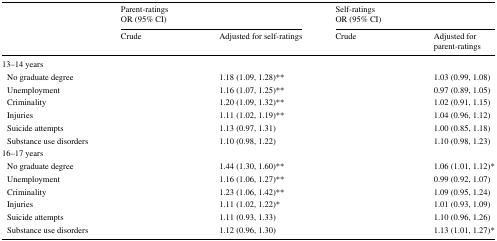
<table><thead><tr><td>[EMPTY_CELL]</td><td colspan="2"><b>Parent-ratingsOR (95% CI)</b></td><td colspan="2"><b>Self-ratingsOR (95% CI)</b></td></tr><tr><td>[EMPTY_CELL]</td><td><b>Crude</b></td><td><b>Adjusted for self-ratings</b></td><td><b>Crude</b></td><td><b>Adjusted forparent-ratings</b></td></tr></thead><tbody><tr><td colspan="5">13–14 years</td></tr><tr><td> No graduate degree</td><td>[EMPTY_CELL]</td><td>1.18 (1.09, 1.28)**</td><td>[EMPTY_CELL]</td><td>1.03 (0.99, 1.08)</td></tr><tr><td> Unemployment</td><td>[EMPTY_CELL]</td><td>1.16 (1.07, 1.25)**</td><td>[EMPTY_CELL]</td><td>0.97 (0.89, 1.05)</td></tr><tr><td> Criminality</td><td>[EMPTY_CELL]</td><td>1.20 (1.09, 1.32)**</td><td>[EMPTY_CELL]</td><td>1.02 (0.91, 1.15)</td></tr><tr><td> Injuries</td><td>[EMPTY_CELL]</td><td>1.11 (1.02, 1.19)**</td><td>[EMPTY_CELL]</td><td>1.04 (0.96, 1.12)</td></tr><tr><td> Suicide attempts</td><td>[EMPTY_CELL]</td><td>1.13 (0.97, 1.31)</td><td>[EMPTY_CELL]</td><td>1.00 (0.85, 1.18)</td></tr><tr><td> Substance use disorders</td><td>[EMPTY_CELL]</td><td>1.10 (0.98, 1.22)</td><td>[EMPTY_CELL]</td><td>1.10 (0.98, 1.23)</td></tr><tr><td colspan="5">16–17 years</td></tr><tr><td> No graduate degree</td><td>[EMPTY_CELL]</td><td>1.44 (1.30, 1.60)**</td><td>[EMPTY_CELL]</td><td>1.06 (1.01, 1.12)*</td></tr><tr><td> Unemployment</td><td>[EMPTY_CELL]</td><td>1.16 (1.06, 1.27)**</td><td>[EMPTY_CELL]</td><td>0.99 (0.92, 1.07)</td></tr><tr><td> Criminality</td><td>[EMPTY_CELL]</td><td>1.23 (1.06, 1.42)**</td><td>[EMPTY_CELL]</td><td>1.09 (0.95, 1.24)</td></tr><tr><td> Injuries</td><td>[EMPTY_CELL]</td><td>1.11 (1.02, 1.22)*</td><td>[EMPTY_CELL]</td><td>1.01 (0.93, 1.09)</td></tr><tr><td> Suicide attempts</td><td>[EMPTY_CELL]</td><td>1.11 (0.93, 1.33)</td><td>[EMPTY_CELL]</td><td>1.10 (0.96, 1.26)</td></tr><tr><td> Substance use disorders</td><td>[EMPTY_CELL]</td><td>1.12 (0.96, 1.30)</td><td>[EMPTY_CELL]</td><td>1.13 (1.01, 1.27)*</td></tr></tbody></table>